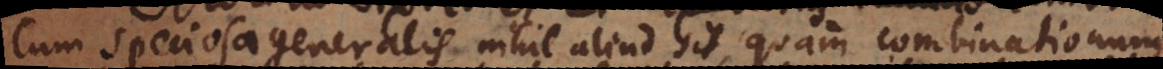
Cum speciosa generalis nihil aliud sit, quam combinationum